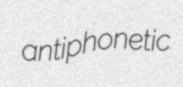
antiphonetic